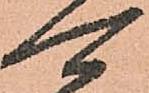
可